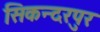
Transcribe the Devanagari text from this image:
सिकन्‍दरपुर